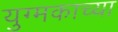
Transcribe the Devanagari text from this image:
युग्मकाच्या